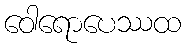
ဝေါရောပေဿထ